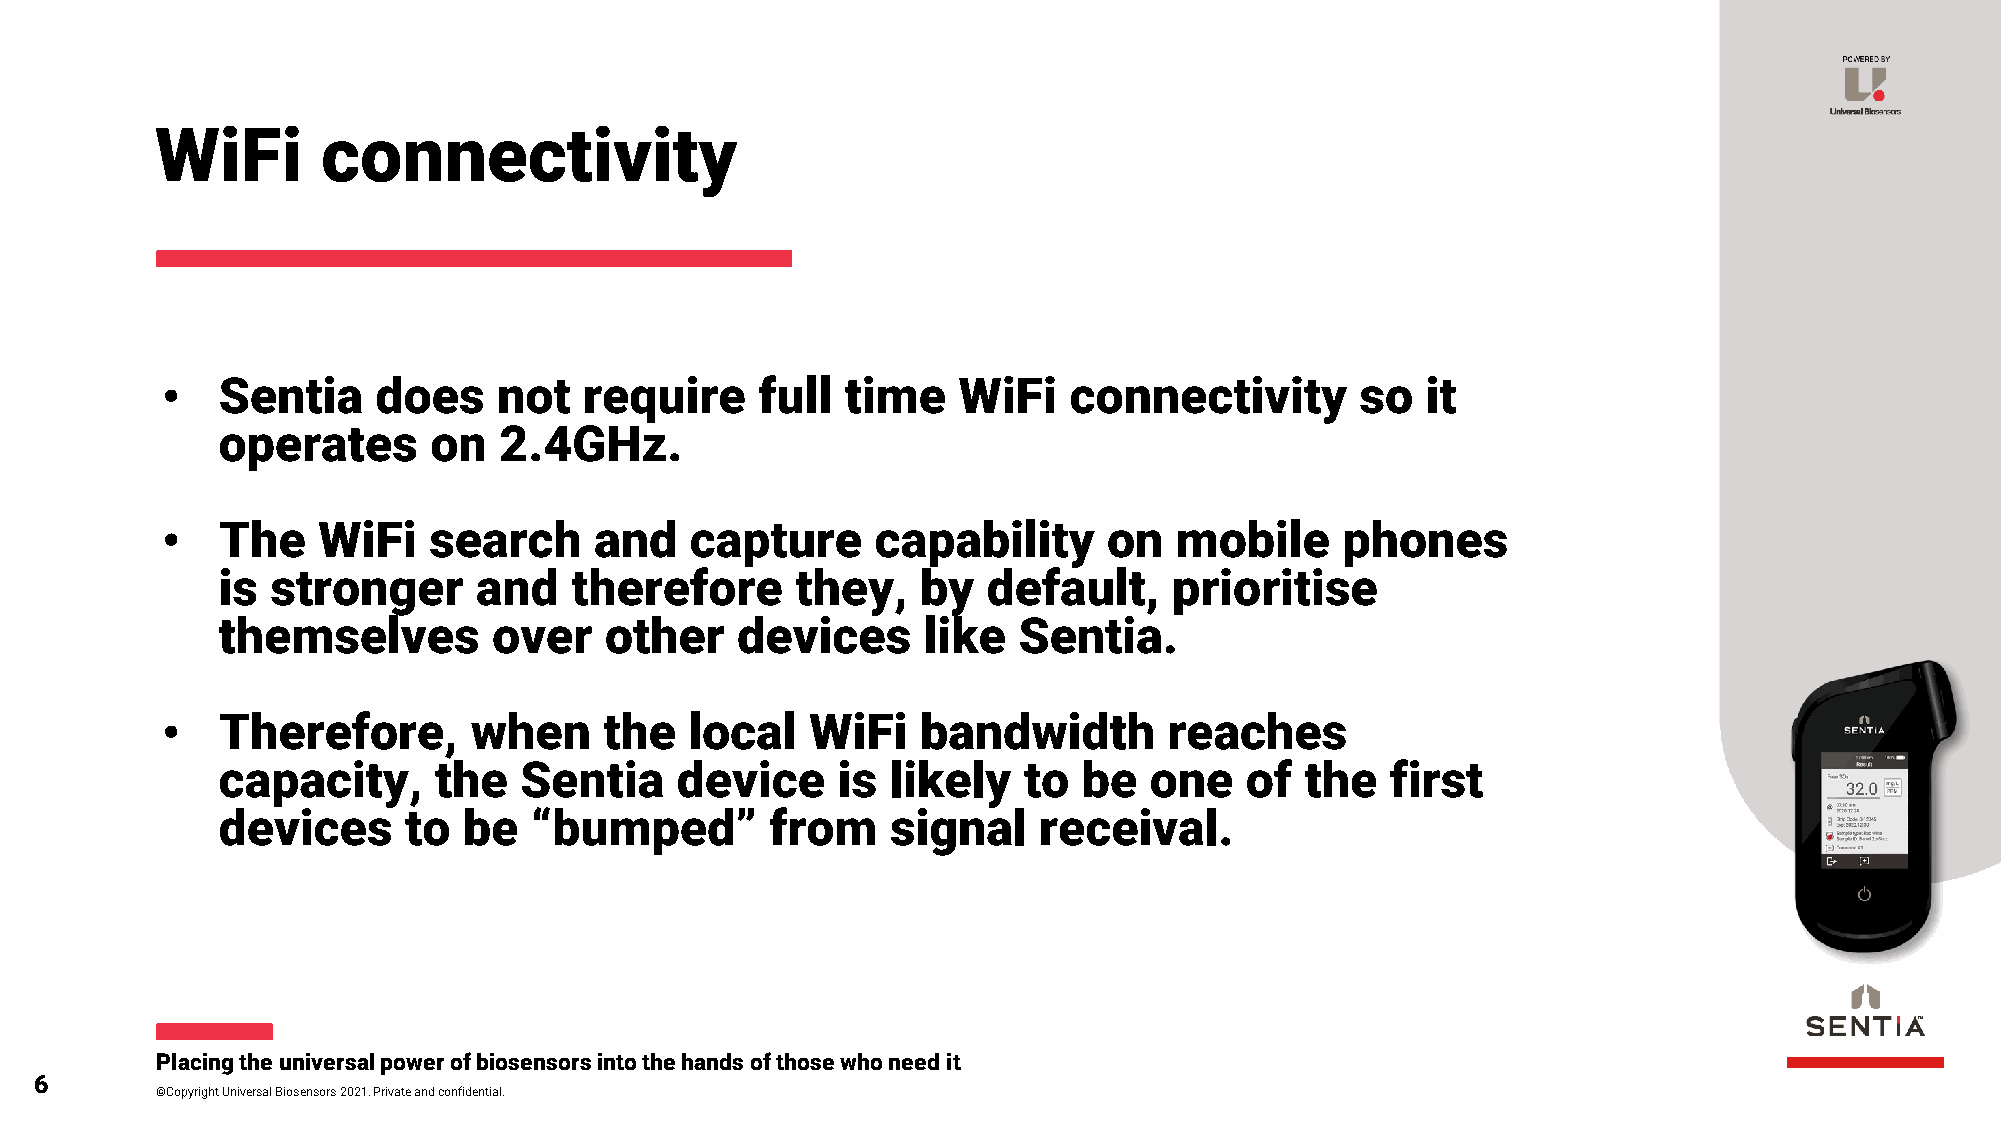
WiFi       connectivity
 •  Sentia     does    not   require    full  time   WiFi    connectivity       so  it
 operates      on   2.4GHz.
 •  The    WiFi   search     and    capture     capability     on   mobile     phones
 is  stronger     and    therefore      they,   by  default,     prioritise
 themselves         over   other    devices     like  Sentia.
 •  Therefore,       when     the   local   WiFi   bandwidth       reaches
 capacity,      the  Sentia     device    is  likely   to  be  one   of  the   first
 devices      to  be  “bumped”        from    signal    receival.
 Placing the universal power of biosensors into the hands of those who need it
 6
 ©Copyright Universal Biosensors 2021. Private and confidential.